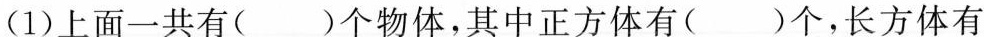
(1)上面一共有()个物体，其中正方体有()个，长方体有